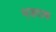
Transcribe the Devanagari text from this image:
मजदाक